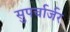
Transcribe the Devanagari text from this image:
सुपर्चार्जर